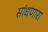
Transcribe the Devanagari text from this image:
सांधणारा